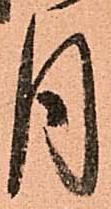
月